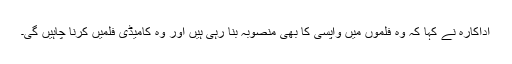
اداکارہ نے کہا کہ وہ فلموں میں واپسی کا بھی منصوبہ بنا رہی ہیں اور وہ کامیڈی فلمیں کرنا چاہیں گی۔